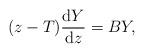
LaTeX: \begin{align*} (z-T)\frac{{\rm d}Y}{{\rm d}z}=BY, \end{align*}